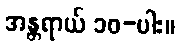
အန္တရာယ် ၁၀-ပါး။